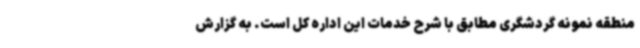
منطقه نمونه گردشگری مطابق با شرح خدمات این اداره کل است. به گزارش